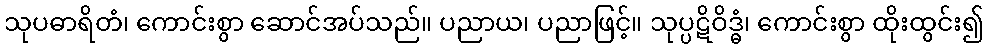
သုပဓာရိတံ၊ ကောင်းစွာ ဆောင်အပ်သည်။ ပညာယ၊ ပညာဖြင့်။ သုပ္ပဋိဝိဒ္ဓံ၊ ကောင်းစွာ ထိုးထွင်း၍